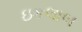
ઇકલાબ